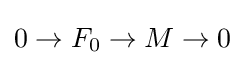
0\to F_{0}\to M\to 0